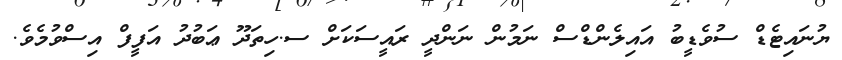
ޔުނައިޓެޑް ސުވެޑީބު އައިލެންޑްސް ނަމުން ނަންދީ ރައީސަކަށް ސ.ހިތަދޫ ޢަބުދު އަފީފް އިސްވުމެވެ.